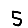
Digit: 5